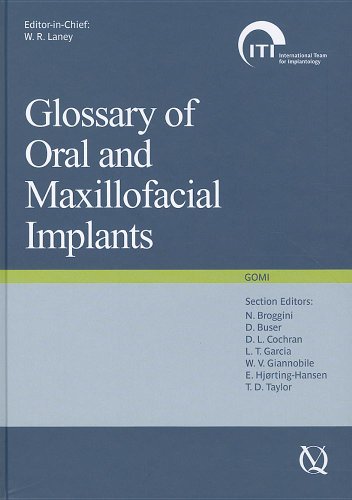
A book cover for Glossary Of Oral And Maxillofacial Implants; William R. Laney; Medical Books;